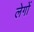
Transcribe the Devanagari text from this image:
लेगों